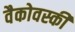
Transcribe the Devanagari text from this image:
वैकोवस्की